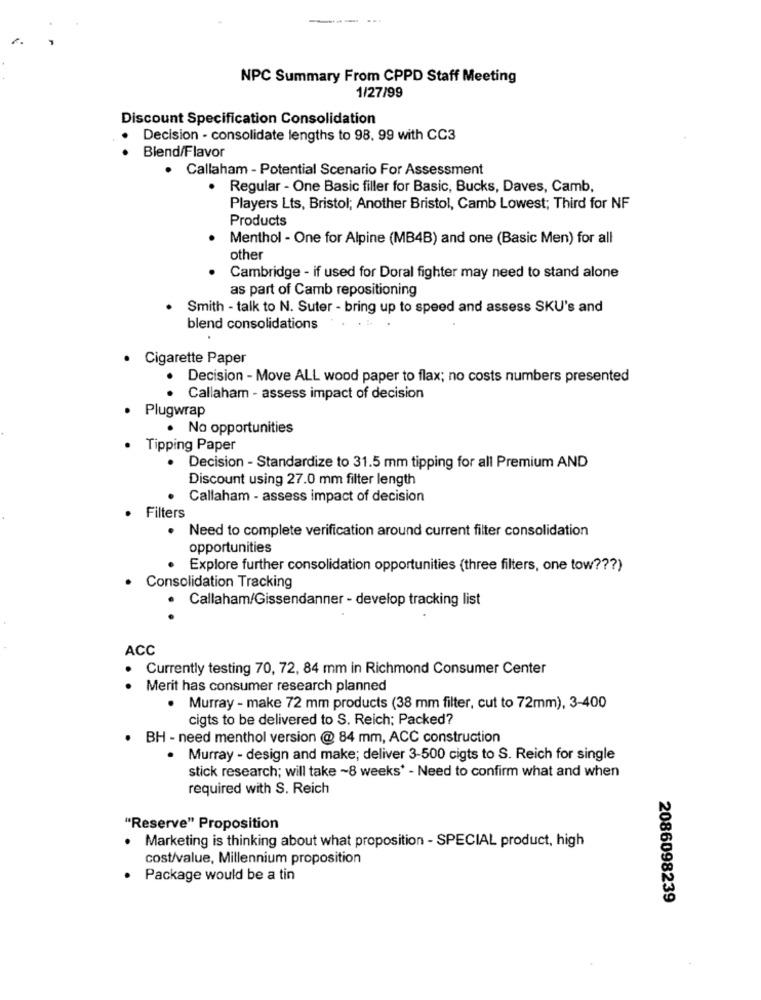
...... ...
NPC Summary From CPPD Staff Meeting
1/27/99
Discount Specification Consolidation
Decision - consolidate lengths to 98. 99 with CC3
Blend/Flavor
· Callaham - Potential Scenario For Assessment
. Regular - One Basic filler for Basic, Bucks, Daves, Camb,
Players Lts, Bristol; Another Bristol, Camb Lowest; Third for NF
Products
Menthol - One for Alpine (MB4B) and one (Basic Men) for all
other
Cambridge - if used for Doral fighter may need to stand alone
as part of Camb repositioning
Smith - talk to N. Suter - bring up to speed and assess SKU's and
blend consolidations
· Cigarette Paper
Decision - Move ALL wood paper to flax; no costs numbers presented
Callaham - assess impact of decision
· Plugwrap
· Na opportunities
· Tipping Paper
Decision - Standardize to 31.5 mm tipping for all Premium AND
Discount using 27.0 mm filter length
Callaham - assess impact of decision
Filters
Need to complete verification around current filter consolidation
opportunities
Explore further consolidation opportunities (three filters, one tow ??? )
Consolidation Tracking
· Callaham/Gissendanner - develop tracking list
ACC
. Currently testing 70, 72, 84 mm in Richmond Consumer Center
Merit has consumer research planned
. Murray - make 72 mm products (38 mm filter, cut to 72mm), 3-400
cigts to be delivered to S. Reich; Packed?
. BH - need menthol version @ 84 mm, ACC construction
· Murray - design and make; deliver 3-500 cigts to S. Reich for single
stick research; will take ~8 weeks* - Need to confirm what and when
required with S. Reich
"Reserve" Proposition
Marketing is thinking about what proposition - SPECIAL product, high
cost/value, Millennium proposition
Package would be a tin
2086098239